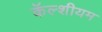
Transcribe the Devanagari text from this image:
कॅल्शीयम